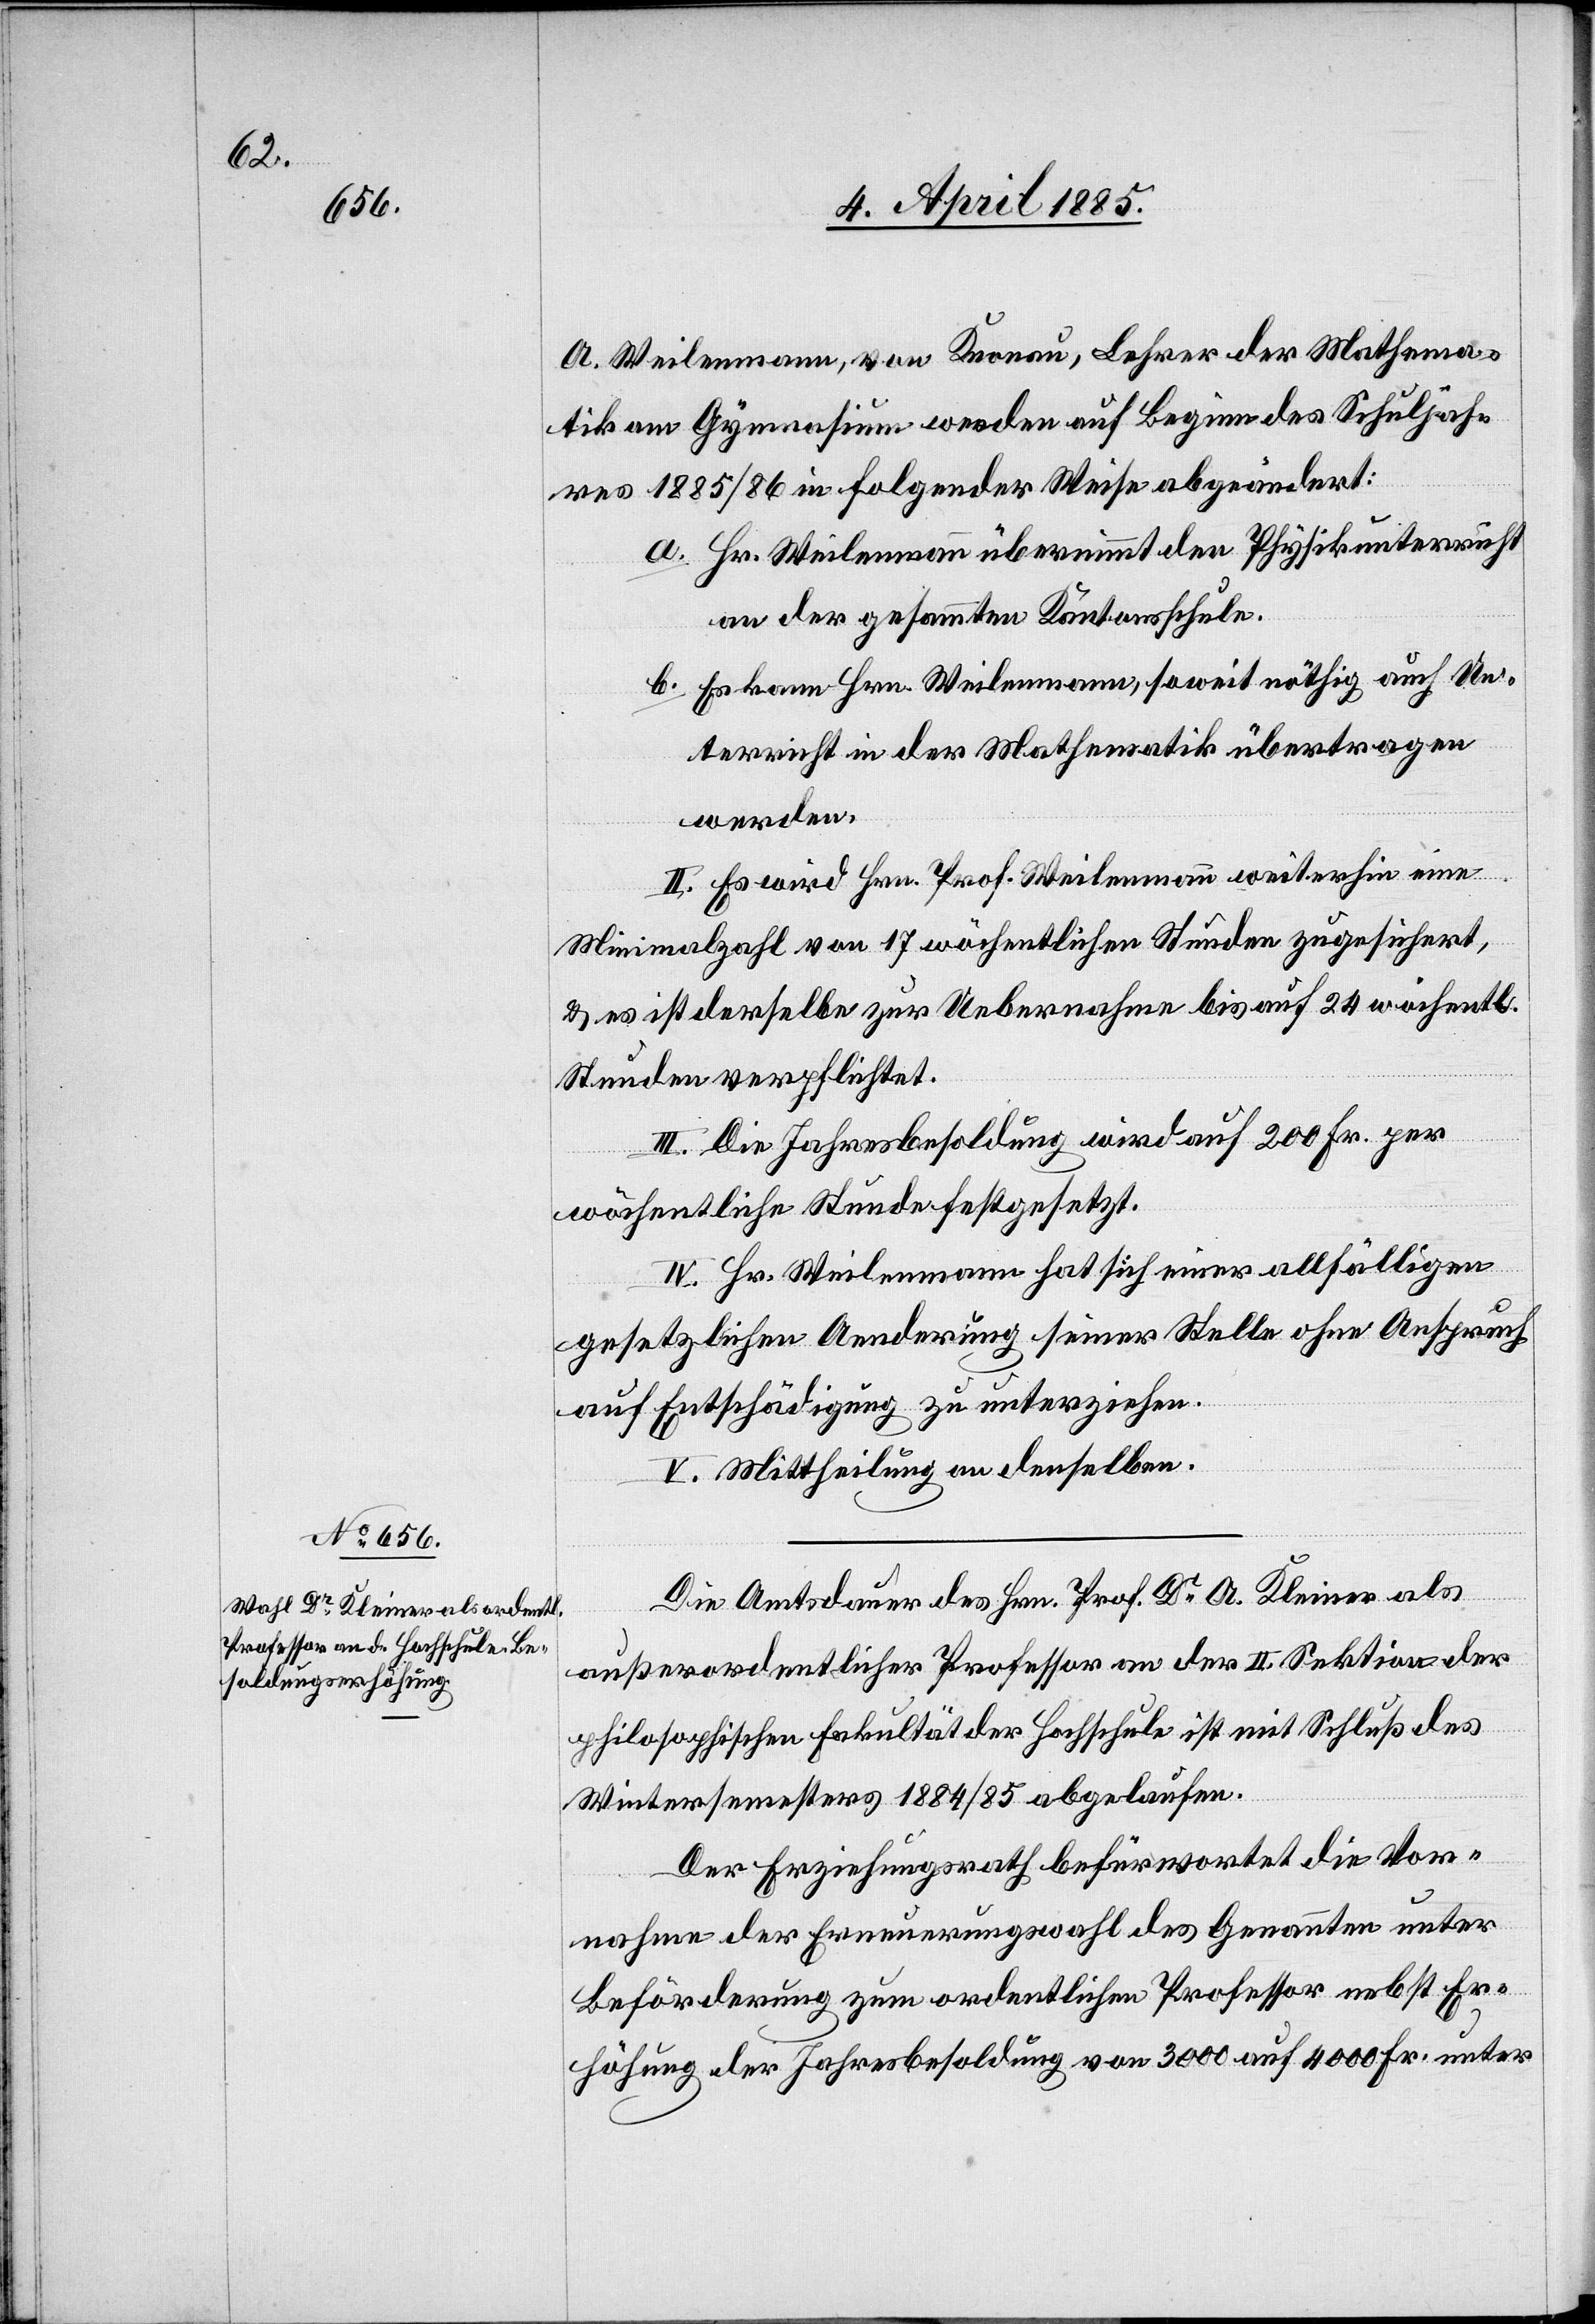
A. Weilenmann, von Knonau, Lehrer der Mathema¬
tik am Gymnasium werden auf Beginn des Schuljah¬
res 1885/86 in folgender Weise abgeändert:
a. Hr. Weilenmann übernimmt den Physikunterricht
an der gesammten Kantonsschule.
b. Es kann Hrn. Weilenmann, soweit nöthig auch Un¬
terricht in der Mathematik übertragen
werden.
II. Es wird Hrn. Prof. Weilenmann weiterhin eine
Minimalzahl von 17 wöchentlichen Stunden zugesichert,
& es ist derselbe zur Uebernahme bis auf 24 wöchentl.
Stunden verpflichtet.
III. Die Jahresbesoldung wird auf 200 Fr. per
wöchentliche Stunde festgesetzt.
IV. Hr. Weilenmann hat sich einer allfälligen
gesetzlichen Aenderung seiner Stelle ohne Anspruch
auf Entschädigung zu unterziehen.
V. Mittheilung an denselben.
Die Amtsdauer des Hrn. Prof. Dr A. Kleiner als
außerordentlicher Professor an der III. Sektion der
philosophischen Fakultät der Hochschule ist mit Schluß des
Wintersemesters 1884/85 abgelaufen.
Der Erziehungsrath befürwortet die Vor¬
nahme der Erneuerungswahl des Genannten unter
Beförderung zum ordentlichen Professor nebst Er¬
höhung der Jahresbesoldung von 3000 auf 4000 Fr. unter